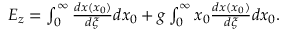
\begin{array} { r } { E _ { z } = \int _ { 0 } ^ { \infty } \frac { d x ( x _ { 0 } ) } { d \xi } d x _ { 0 } + g \int _ { 0 } ^ { \infty } x _ { 0 } \frac { d x ( x _ { 0 } ) } { d \xi } d x _ { 0 } . } \end{array}